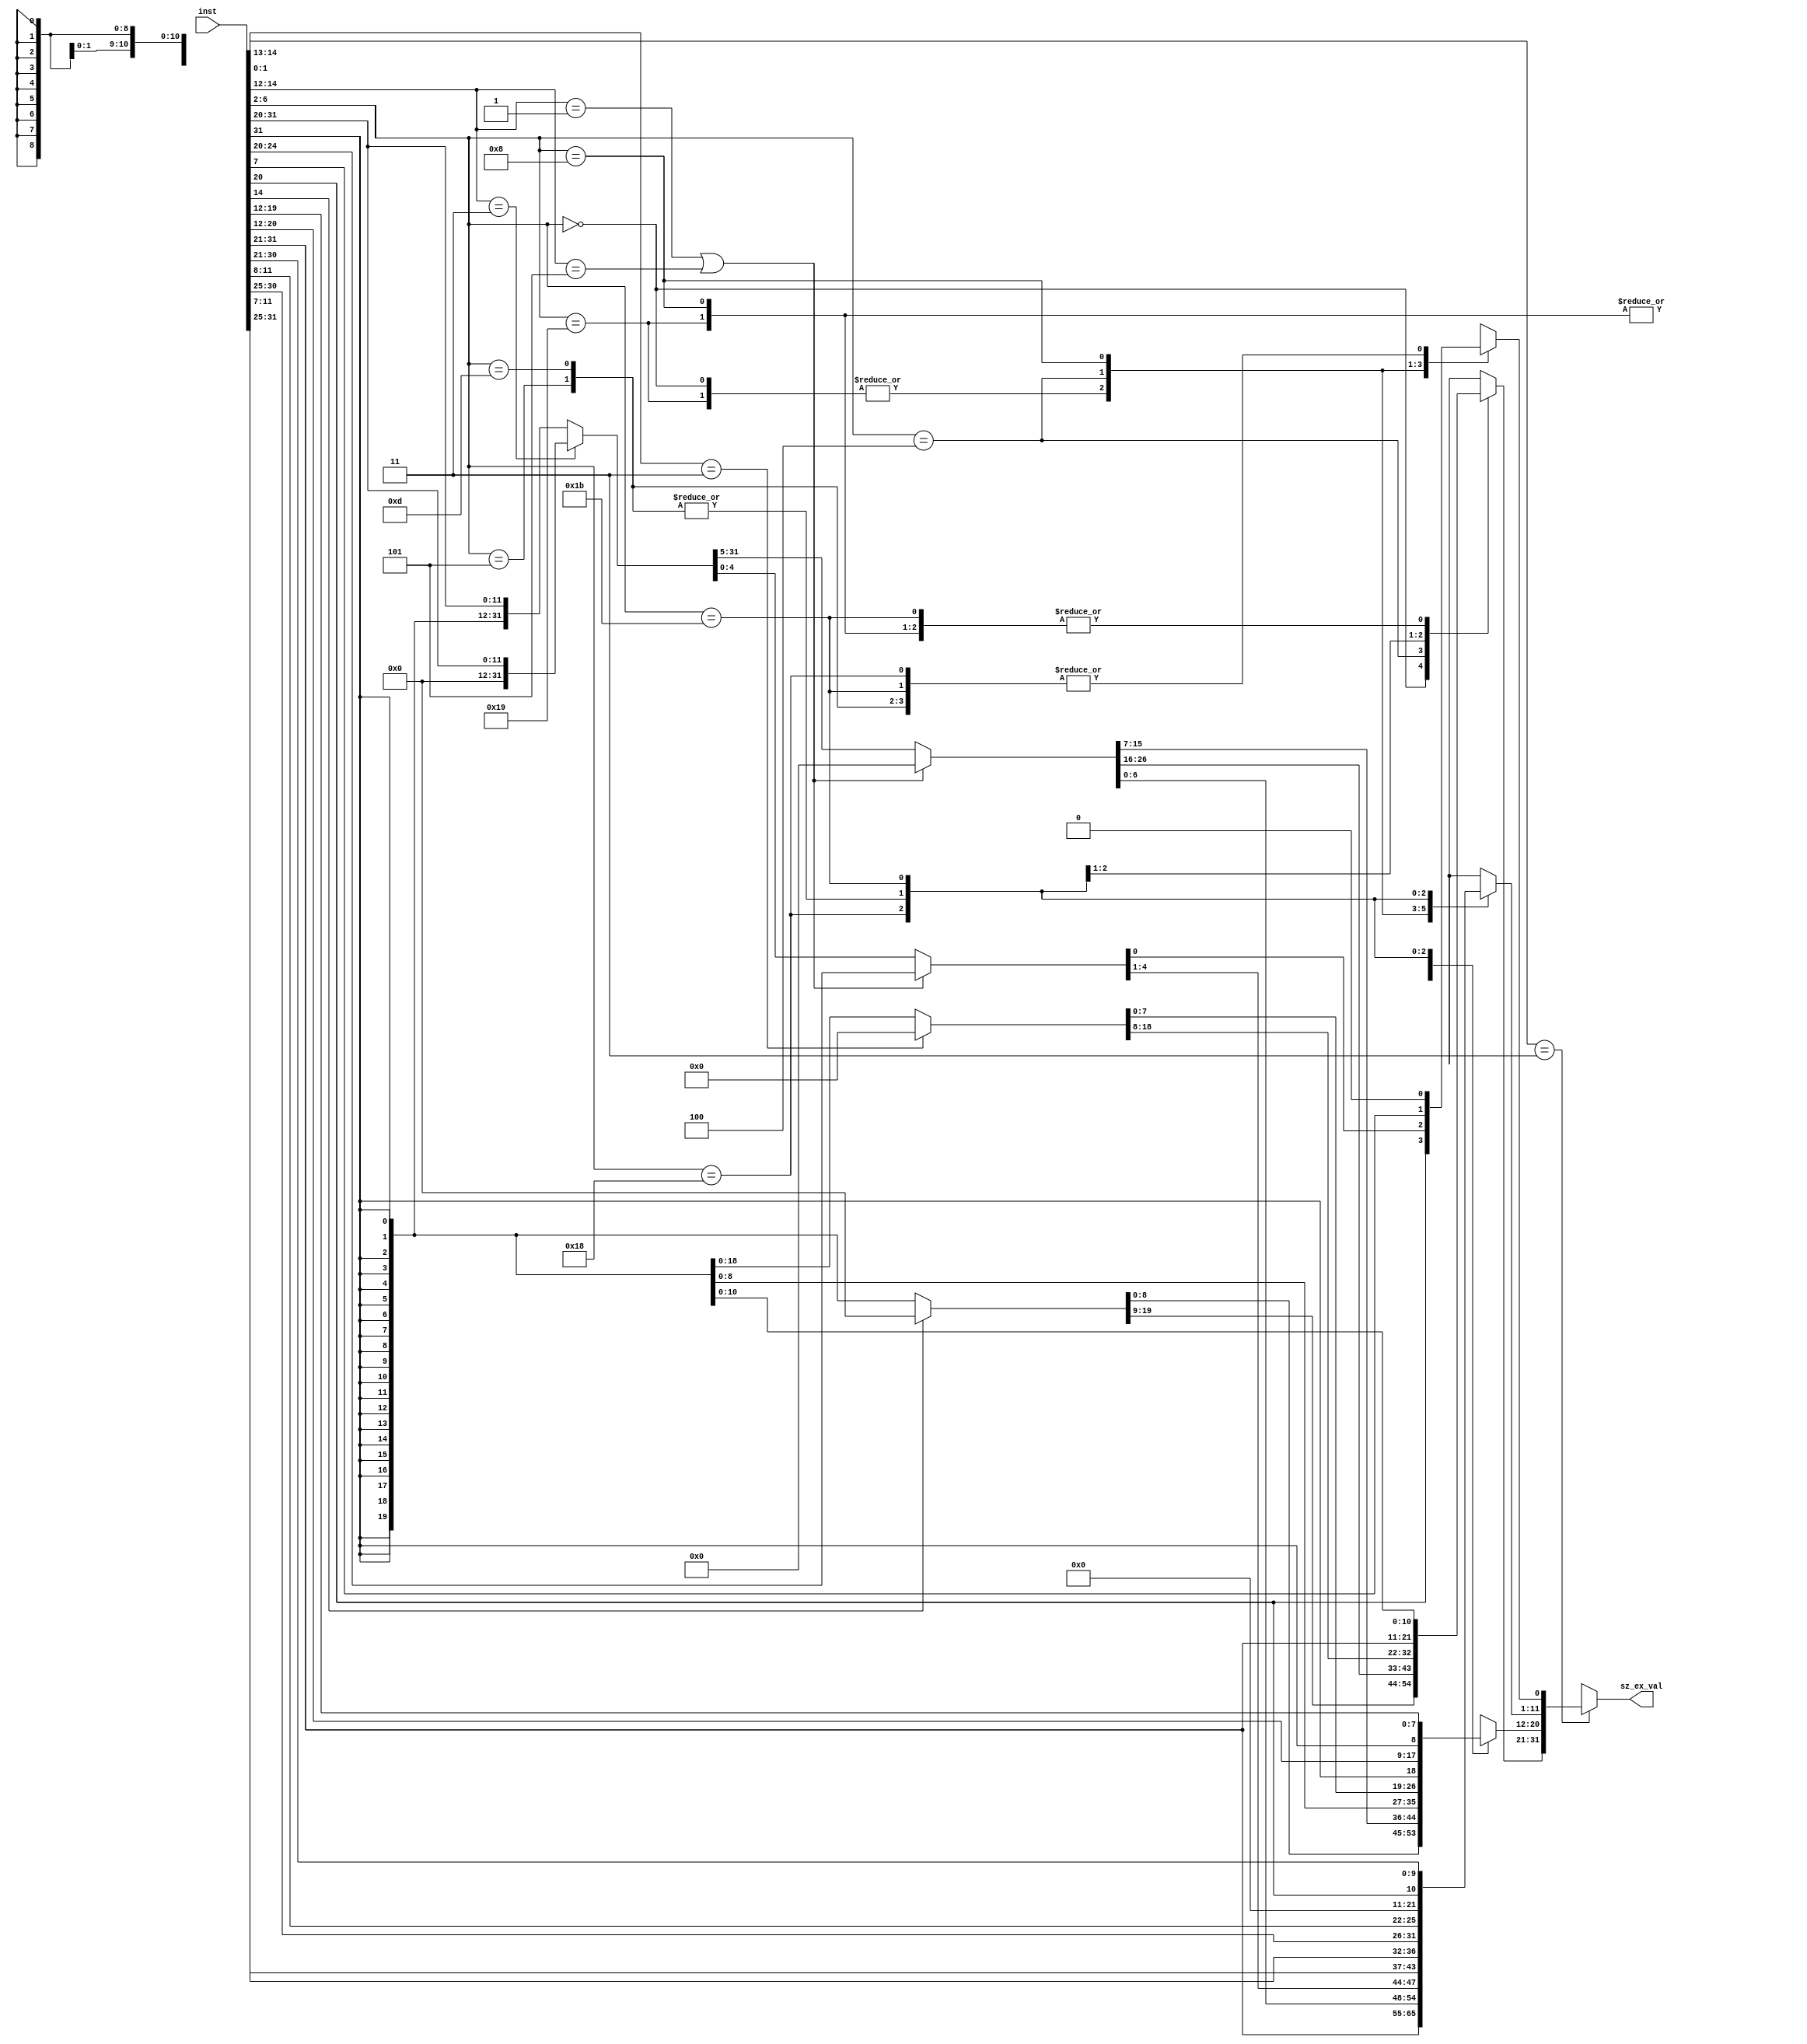
//sign and zero extend

//macros
//instruction width
`define INSTRUCTION_WIDTH 32
//operand width
`define OPERAND_WIDTH 32

//macros for zero and sign extend arguments
`define ZERO_EXTEND 1'b0
`define SIGN_EXTEND 1'b1

//instruction types
//I-type
`define JALR 5'b11001
`define LOAD 5'b00000
`define ALU 5'b00100
//S-type
`define STORE 5'b01000
//SB-type
`define BRANCH 5'b11000
//U-type
`define U_TYPE 5'b01101, 5'b00101
//UJ-type
`define JAL 5'b11011
   
module sz_ex(
	//sign or zero extended value
	output reg [(`OPERAND_WIDTH - 1):0] sz_ex_val,
	//input instruction
	input [(`INSTRUCTION_WIDTH - 1):0] inst
);

	//function for sign or zero extend (12 bits to 32 bits)
	function [(`OPERAND_WIDTH-1):0] sz_ex_12_to_32;
		//12 bit value
		input [11:0] val;
		//(0) - zero extend, (1) - sign extend
		input k;
		
		begin
			//copy LSB (12 bits)
			sz_ex_12_to_32[11:0] = val;
			
			if (k==`SIGN_EXTEND) begin
				//sign extend
				//replicate sign bits
				sz_ex_12_to_32[31:12] = {(`OPERAND_WIDTH-12){val[11]}};
			end
			
			else begin
				//zero extend
				sz_ex_12_to_32[31:12] = {(`OPERAND_WIDTH-12){1'b0}};
			end
				
		end
		
	endfunction

	//combinational logic
	always @ (*) begin
		//first check if the input instruction is valid
		if (inst[1:0] == 2'b11) begin
			//determine the type of instruction
			case (inst[6:2])
			
				//I-type
				`JALR: begin
					//perform sign extend
					sz_ex_val = sz_ex_12_to_32(inst[31:20],`SIGN_EXTEND);				
				end
				
				`LOAD: begin
					//perform zero or sign extend based on the value of bit 14
					//if bit 14 is 0 perform sign extend, else zero extend
					//use !(bit 14)
					sz_ex_val = sz_ex_12_to_32(inst[31:20],!inst[14]);
				end
				
				`ALU: begin
					//handle SHIFT instruction immediate values separately
					//SLLI, SRLI and SRAI
					if(inst[14:12] == 3'b001 || inst[14:12] == 3'b101) begin
						//set the output to the unsigned shift amount
						sz_ex_val[4:0] = inst[24:20];
						sz_ex_val[31:5] = {(`OPERAND_WIDTH-5){1'b0}};
					end
					
					//handle remaining ALU instructions
					else begin
						//perform zero extension only for SLTIU
						if(inst[14:12] == 3'b011) begin
							sz_ex_val = sz_ex_12_to_32(inst[31:20], `ZERO_EXTEND);
						end
						
						//else perform sign extend
						else begin
							sz_ex_val = sz_ex_12_to_32(inst[31:20], `SIGN_EXTEND);
						end
					end
				end
				
				`STORE: begin
					//perform sign extend
					sz_ex_val = sz_ex_12_to_32({inst[31:25],inst[11:7]}, `SIGN_EXTEND);
				end
				
				`BRANCH: begin
					//perform zero extend for BLTU and BGEU
					//(bits 13 and 14 are both 1 for BLTU and BGEU)
					//the immediate offset is specified as multiples of two bytes 
					if(inst[14:13] == 2'b11) begin
						sz_ex_val[0] = 1'b0;
						sz_ex_val[12:1] = {inst[31], inst[7], inst[30:25], inst[11:8]};
						sz_ex_val[31:13] = {(`OPERAND_WIDTH-13){1'b0}};
					end
					
					//else perform sign extend
					else begin
						sz_ex_val[0] = 1'b0;
						sz_ex_val[12:1] = {inst[31], inst[7], inst[30:25], inst[11:8]};
						sz_ex_val[31:13] = {(`OPERAND_WIDTH-13){inst[31]}};
					end
				end
				
				`U_TYPE: begin
					//copy the 20 bit immediate to the MSB 20 bits of the output
					//fill the remaining LSB bits with zeros
					//handles immediate values for LUI and AUIPC
					sz_ex_val[31:12] = inst[31:12];
					sz_ex_val[11:0] = {(`OPERAND_WIDTH-20){1'b0}};
				end
				
				`JAL: begin
					//offset is a multiple of two bytes
					//Therefore, least significant bit of output is zero
					//subsequent 20 bits represent the immediate value
					//immediate is sign extended
					sz_ex_val[0] = 1'b0;
					sz_ex_val[20:1] = {inst[31], inst[19:12], inst[20], inst[30:21]};
					sz_ex_val[31:21] = {(`OPERAND_WIDTH-21){inst[31]}};
				end
				 
				default: begin
					//set output to defult value to x (unknown)
					sz_ex_val = {`OPERAND_WIDTH{1'bx}};
				end
			
			endcase
			
		end
		
		else begin
			//set output to defult value to x (unknown)
			sz_ex_val = {`OPERAND_WIDTH{1'bx}};
		end
		
	end

endmodule